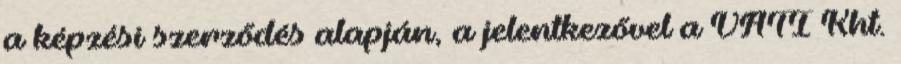
a képzési szerződés alapján, a jelentkezővel a VÁTI Kht.